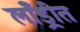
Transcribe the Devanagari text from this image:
लाँड्रीत